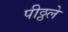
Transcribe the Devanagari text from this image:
पीठ्ठले